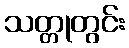
သတ္တုတွင်း